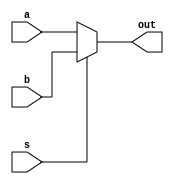
module MUX #(parameter Width = 32)(input [Width-1 : 0] a,b,
 input  s,
 output [Width-1 : 0] out);

assign out = (s == 1'b0) ? a : b;
endmodule